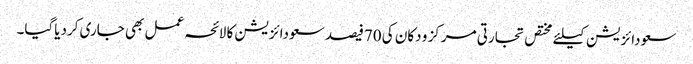
سعودائزیشن کیلئے مختص تجارتی مرکز و دکان کی 70فیصد سعودائزیشن کا لائحہ عمل بھی جاری کردیاگیا۔